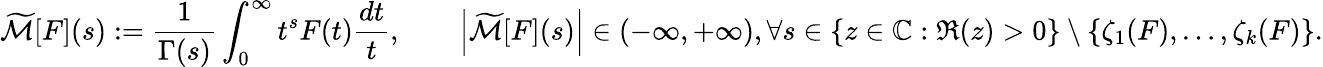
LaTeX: {\widetilde{\mathcal{M}}}[F](s):={\frac{1}{\Gamma(s)}}\int_{0}^{\infty}t^{s}F(t){\frac{dt}{t}},\qquad\left|{\widetilde{\mathcal{M}}}[F](s)\right|\in(-\infty,+\infty),\forall s\in\{ z\in\mathbb{C}:\Re(z)>0\} \setminus\{ \zeta_{1}(F),\ldots,\zeta_{k}(F)\} .